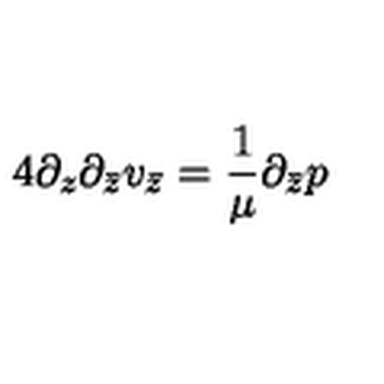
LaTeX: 4 \partial _ { z } \partial _ { \bar { z } } v _ { \bar { z } } = \frac { 1 } { \mu } \partial _ { \bar { z } } p